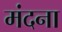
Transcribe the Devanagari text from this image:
मंदना